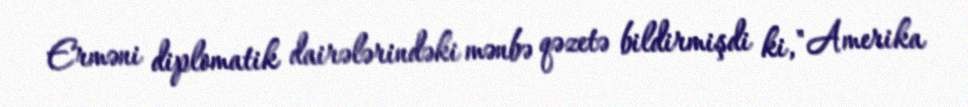
Erməni diplomatik dairələrindəki mənbə qəzetə bildirmişdi ki, "Amerika